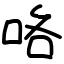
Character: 咯